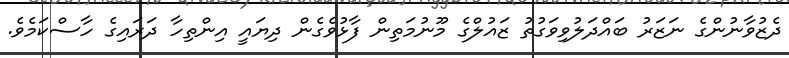
ދެޒުވާނުންގެ ނަޒަރު ބައްދަލުވިވަގުތު ޒައުލްގެ މޫނުމަތިން ފާޅުވެގެން ދިޔައީ އިންތިހާ ދަރައިގެ ހާސްކަމެވެ.